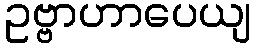
ဥဗ္ဗာဟာပေယျ